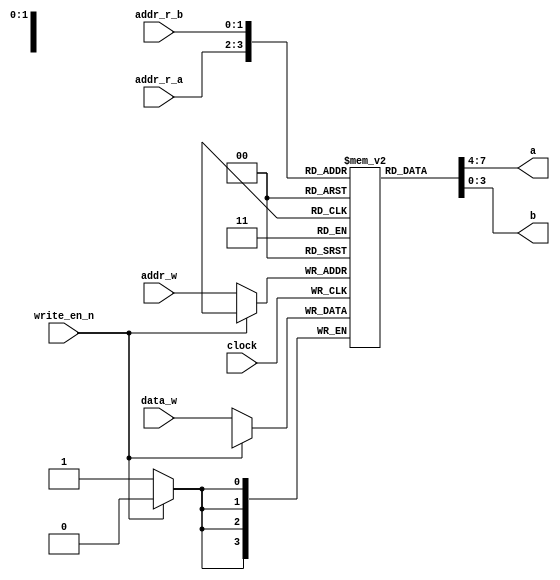
`timescale 1ns / 1ps
//////////////////////////////////////////////////////////////////////////////////
// Company: 
// Engineer: 
// 
// Design Name: 
// Module Name: Data_RAM
// Project Name: 
// Target Devices: 
// Tool Versions: 
// Description: 
// 
// Dependencies: 
// 
// Revision:
// Revision 0.01 - File Created
// Additional Comments:
// 
//////////////////////////////////////////////////////////////////////////////////


module Data_RAM(

    input clock,
    input [1:0] addr_r_a,
    input [1:0] addr_r_b,
    input [1:0] addr_w,
    input  write_en_n,
    input [3:0] data_w,
    output [3:0] a,
    output [3:0] b

    );
    
    reg [3:0] mem [0:3];
    
    always @(posedge clock)
    begin
        if(~write_en_n)
            mem[addr_w] <= data_w;
    end
    
    assign a = mem[addr_r_a];
    assign b = mem[addr_r_b];
    
endmodule